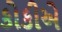
કોકીએ